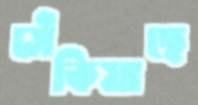
সেঁকিয়াছে